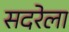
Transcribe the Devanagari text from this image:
सदरेला